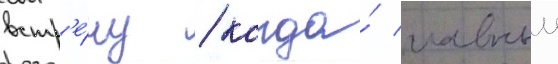
встр'е́чу / когда́ главныи